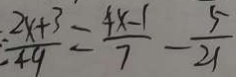
\frac { 2 x + 3 } { 4 9 } = \frac { 4 x - 1 } { 7 } - \frac { 5 } { 2 1 }